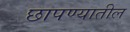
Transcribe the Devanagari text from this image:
छापण्यातील